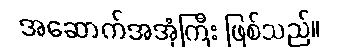
အဆောက်အအုံကြီး ဖြစ်သည်။